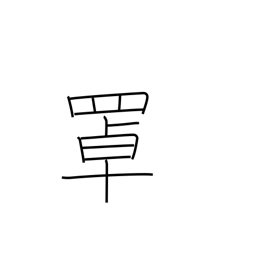
Meaning: fish basket kept in water